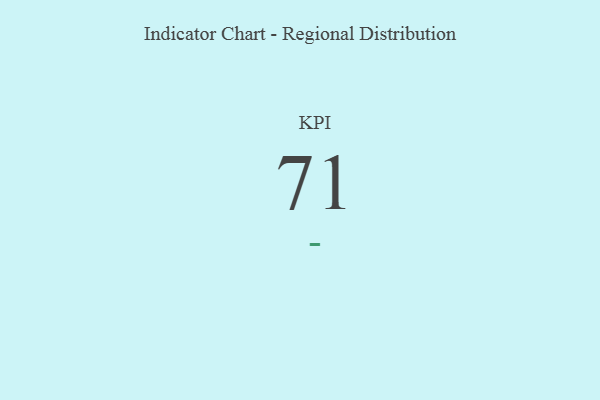
{"axis": {"x": "KPI", "y": "Value"}, "legend": [""], "data": [{"x": "KPI", "y": 71, "type": ""}]}